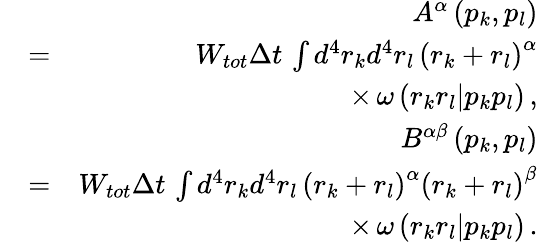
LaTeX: \begin{array}{rlr}&{}&{A^{\alpha}\left(p_{k},p_{l}\right)}\\ &{=}&{W_{tot}\Delta t\, \int d^{4}r_{k}d^{4}r_{l}\, \left(r_{k}+r_{l}\right)^{\alpha}}\\ &{}&{\times\, \omega\left(r_{k}r_{l}|p_{k}p_{l}\right)\, ,}\\ &{}&{B^{\alpha\beta}\left(p_{k},p_{l}\right)}\\ &{=}&{W_{tot}\Delta t\, \int d^{4}r_{k}d^{4}r_{l}\, \left(r_{k}+r_{l}\right)^{\alpha}\left(r_{k}+r_{l}\right)^{\beta}}\\ &{}&{\times\, \omega\left(r_{k}r_{l}|p_{k}p_{l}\right)\, .}\end{array}